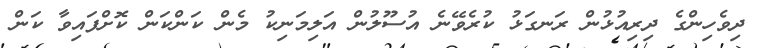
ދިވެހިންގެ ދިރިއުޅުން ރަނގަޅު ކުރެވޭނެ އުސޫލުން އަލިމަނިކު މެން ކަންކަން ކޮށްފައިވާ ކަން